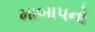
માબાપનો